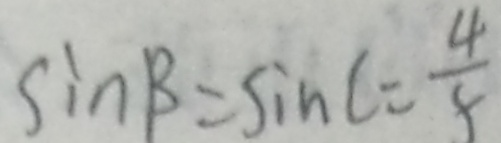
\sin \beta = \sin C = \frac { 4 } { 9 }